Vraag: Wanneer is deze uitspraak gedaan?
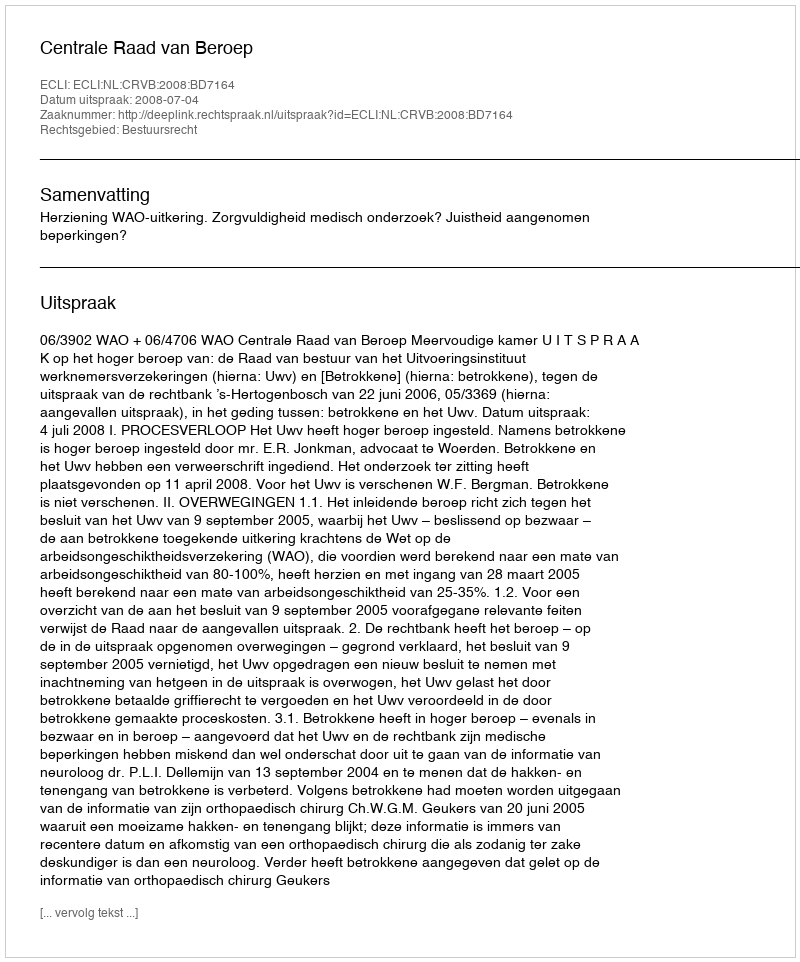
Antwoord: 2008-07-04